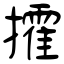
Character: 攉